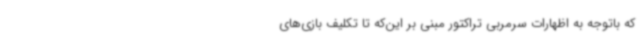
که باتوجه به اظهارات سرمربی تراکتور مبنی بر این‌که تا تکلیف بازی‌های